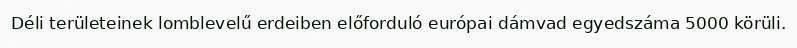
Déli területeinek lomblevelű erdeiben előforduló európai dámvad egyedszáma 5000 körüli.